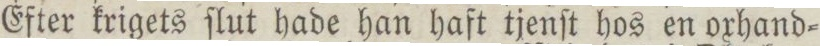
Efter krigets ſlut hade han haft tjenſt hos en oxhand=